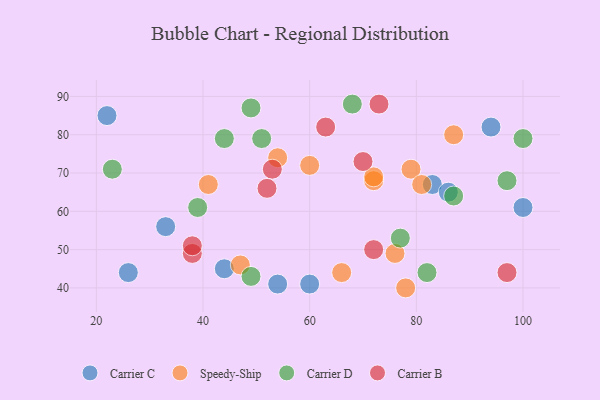
{"axis": {"x": "GDP", "y": "Life Expectancy"}, "legend": ["Carrier B", "Carrier C", "Carrier D", "Speedy-Ship"], "data": [{"x": "54", "y": 41, "type": "Carrier C"}, {"x": "83", "y": 67, "type": "Carrier C"}, {"x": "26", "y": 44, "type": "Carrier C"}, {"x": "94", "y": 82, "type": "Carrier C"}, {"x": "86", "y": 65, "type": "Carrier C"}, {"x": "22", "y": 85, "type": "Carrier C"}, {"x": "60", "y": 41, "type": "Carrier C"}, {"x": "100", "y": 61, "type": "Carrier C"}, {"x": "44", "y": 45, "type": "Carrier C"}, {"x": "33", "y": 56, "type": "Carrier C"}, {"x": "54", "y": 74, "type": "Speedy-Ship"}, {"x": "41", "y": 67, "type": "Speedy-Ship"}, {"x": "60", "y": 72, "type": "Speedy-Ship"}, {"x": "47", "y": 46, "type": "Speedy-Ship"}, {"x": "72", "y": 68, "type": "Speedy-Ship"}, {"x": "79", "y": 71, "type": "Speedy-Ship"}, {"x": "66", "y": 44, "type": "Speedy-Ship"}, {"x": "72", "y": 69, "type": "Speedy-Ship"}, {"x": "78", "y": 40, "type": "Speedy-Ship"}, {"x": "76", "y": 49, "type": "Speedy-Ship"}, {"x": "81", "y": 67, "type": "Speedy-Ship"}, {"x": "87", "y": 80, "type": "Speedy-Ship"}, {"x": "77", "y": 53, "type": "Carrier D"}, {"x": "44", "y": 79, "type": "Carrier D"}, {"x": "39", "y": 61, "type": "Carrier D"}, {"x": "100", "y": 79, "type": "Carrier D"}, {"x": "82", "y": 44, "type": "Carrier D"}, {"x": "49", "y": 87, "type": "Carrier D"}, {"x": "51", "y": 79, "type": "Carrier D"}, {"x": "87", "y": 64, "type": "Carrier D"}, {"x": "97", "y": 68, "type": "Carrier D"}, {"x": "68", "y": 88, "type": "Carrier D"}, {"x": "49", "y": 43, "type": "Carrier D"}, {"x": "23", "y": 71, "type": "Carrier D"}, {"x": "38", "y": 49, "type": "Carrier B"}, {"x": "53", "y": 71, "type": "Carrier B"}, {"x": "63", "y": 82, "type": "Carrier B"}, {"x": "38", "y": 51, "type": "Carrier B"}, {"x": "73", "y": 88, "type": "Carrier B"}, {"x": "97", "y": 44, "type": "Carrier B"}, {"x": "70", "y": 73, "type": "Carrier B"}, {"x": "52", "y": 66, "type": "Carrier B"}, {"x": "72", "y": 50, "type": "Carrier B"}]}